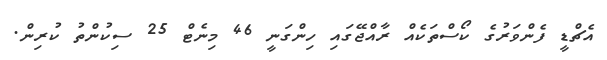
އެޗްޑީ ފެންވަރުގެ ކޯސްތަކެއް ރާއްޖޭގައި ހިންގަނީ 46 މިނެޓް 25 ސިކުންތު ކުރިން.